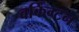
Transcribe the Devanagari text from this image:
वर्किंग्टन